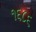
૧૬૮૬